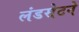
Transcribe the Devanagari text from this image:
लंडसेटने